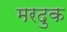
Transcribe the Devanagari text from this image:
मरदुक